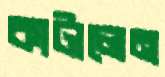
কাটালেন